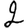
Digit: 2